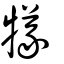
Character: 犠